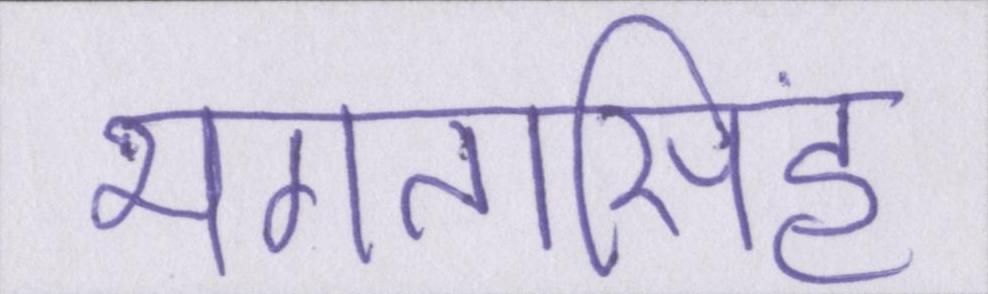
भगतसिंह